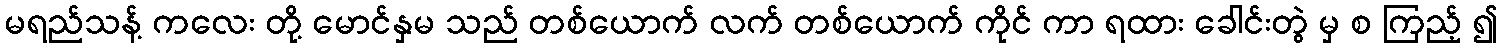
မရည်သန့် ကလေး တို့ မောင်နှမ သည် တစ်ယောက် လက် တစ်ယောက် ကိုင် ကာ ရထား ခေါင်းတွဲ မှ စ ကြည့် ၍